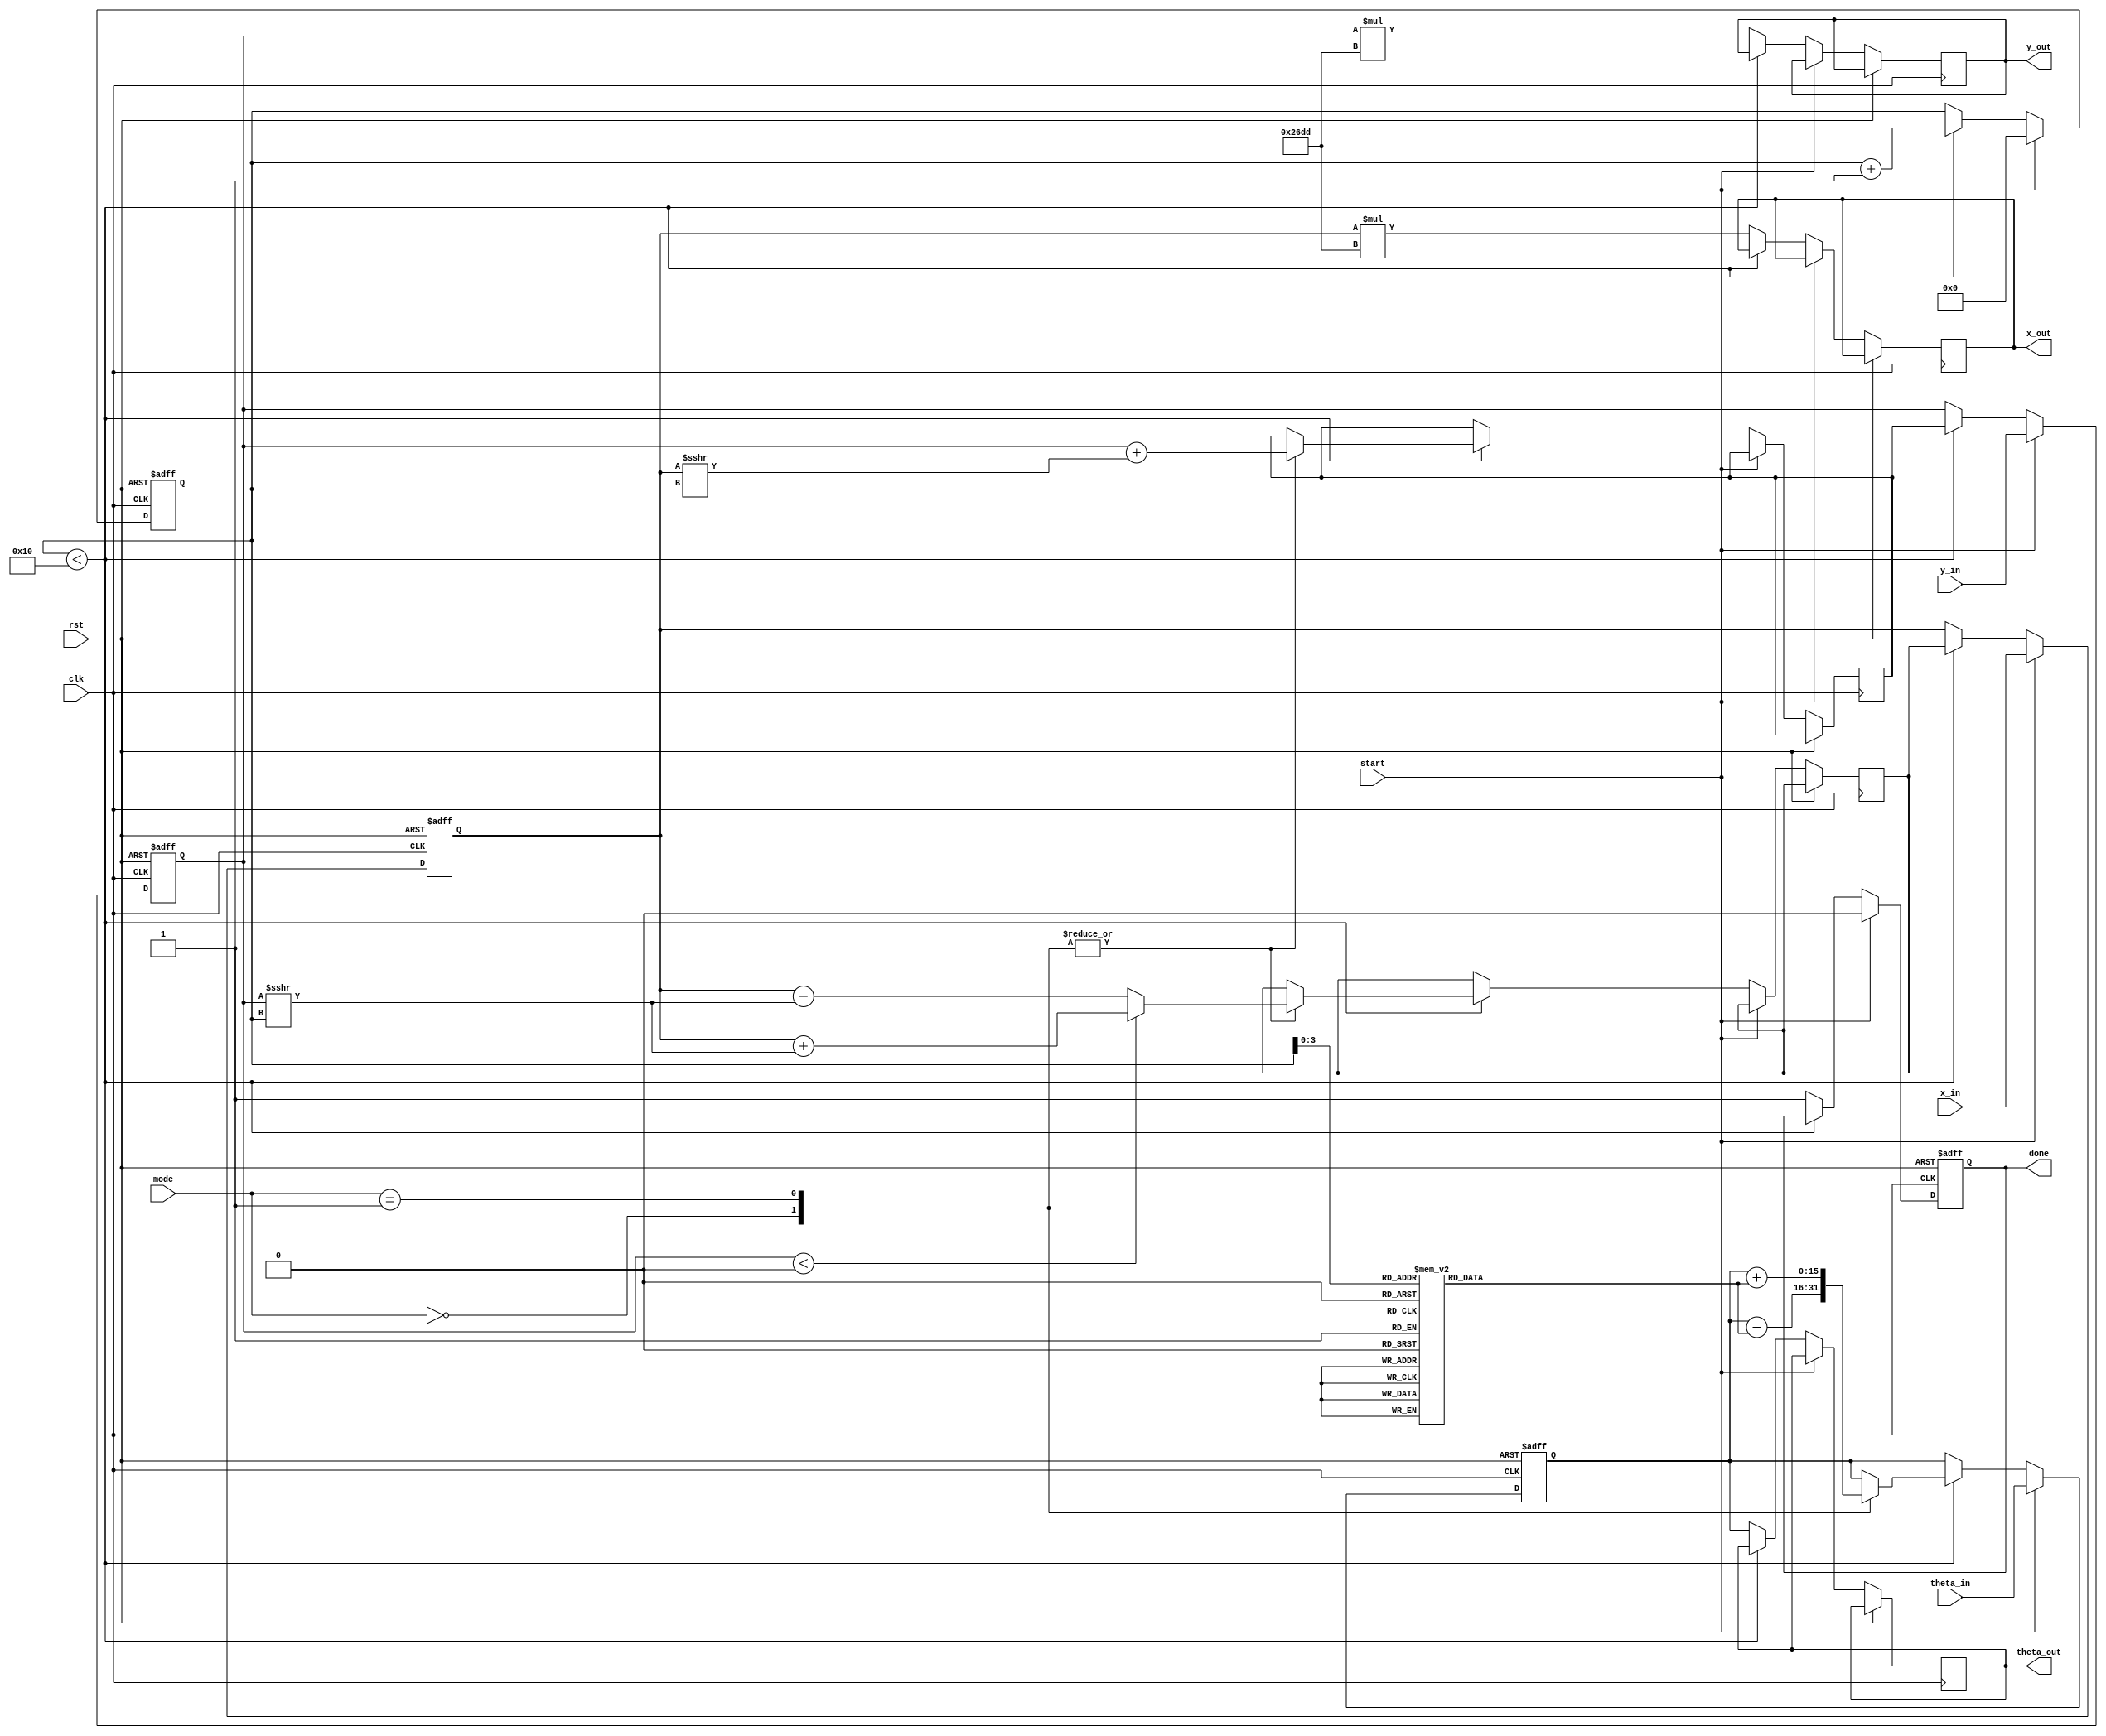
module unified_cordic (
    input wire clk,
    input wire rst,
    input wire [15:0] x_in,        // Input X vector
    input wire [15:0] y_in,        // Input Y vector
    input wire [15:0] theta_in,    // Input angle (in radians)
    input wire [1:0] mode,         // Operation mode: 00 - Rotation, 01 - Vectoring, 10 - Hyperbolic
    input wire start,               // Start signal
    output reg [15:0] x_out,       // Output X vector
    output reg [15:0] y_out,       // Output Y vector
    output reg [15:0] theta_out,    // Output angle
    output reg done                // Done signal
);

    // CORDIC gain factor (for scaling)
    parameter CORDIC_GAIN = 16'h26DD; // Example value for scaling

    // Internal registers
    reg [15:0] x_reg, y_reg, theta_reg;
    reg [4:0] iteration; // Number of iterations
    reg [15:0] angle_table [0:15]; // Precomputed angle values for CORDIC
    reg [15:0] x_temp, y_temp;

    // Initialize angle table (arctan(2^-i) for i = 0 to 15)
    initial begin
        angle_table[0] = 16'h2000; // atan(1) = 45 degrees in fixed-point
        angle_table[1] = 16'h1666; // atan(0.5)
        angle_table[2] = 16'h0D89; // atan(0.25)
        angle_table[3] = 16'h05A8; // atan(0.125)
        // ... Fill in the rest of the angle values
    end

    // State machine for CORDIC operation
    always @(posedge clk or posedge rst) begin
        if (rst) begin
            x_reg <= 0;
            y_reg <= 0;
            theta_reg <= 0;
            iteration <= 0;
            done <= 0;
        end else if (start) begin
            // Load inputs
            x_reg <= x_in;
            y_reg <= y_in;
            theta_reg <= theta_in;
            iteration <= 0;
            done <= 0;
        end else if (iteration < 16) begin
            // CORDIC iterations
            case (mode)
                2'b00: begin // Rotation mode
                    if (y_reg < 0) begin
                        x_temp <= x_reg + (y_reg >>> iteration);
                        y_temp <= y_reg + (x_reg >>> iteration);
                    end else begin
                        x_temp <= x_reg - (y_reg >>> iteration);
                        y_temp <= y_reg + (x_reg >>> iteration);
                    end
                    theta_reg <= theta_reg - angle_table[iteration];
                end
                2'b01: begin // Vectoring mode
                    if (y_reg < 0) begin
                        x_temp <= x_reg + (y_reg >>> iteration);
                        y_temp <= y_reg + (x_reg >>> iteration);
                    end else begin
                        x_temp <= x_reg - (y_reg >>> iteration);
                        y_temp <= y_reg + (x_reg >>> iteration);
                    end
                    theta_reg <= theta_reg + angle_table[iteration];
                end
                2'b10: begin // Hyperbolic mode (not implemented in this example)
                    // Implement hyperbolic calculations here
                end
            endcase

            // Update registers
            x_reg <= x_temp;
            y_reg <= y_temp;
            iteration <= iteration + 1;
        end else begin
            // Output results
            x_out <= x_reg * CORDIC_GAIN; // Scale output
            y_out <= y_reg * CORDIC_GAIN; // Scale output
            theta_out <= theta_reg; // Output angle
            done <= 1; // Indicate completion
        end
    end
endmodule